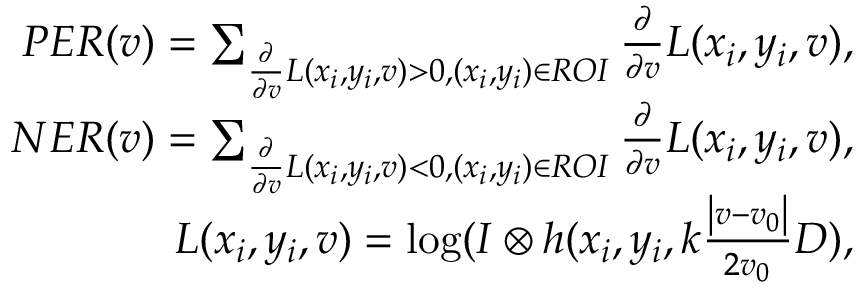
\begin{array} { r } { P E R ( v ) = \sum _ { \frac { \partial } { \partial v } L ( x _ { i } , y _ { i } , v ) > 0 , ( x _ { i } , y _ { i } ) \in R O I } \frac { \partial } { \partial v } L ( x _ { i } , y _ { i } , v ) , } \\ { N E R ( v ) = \sum _ { \frac { \partial } { \partial v } L ( x _ { i } , y _ { i } , v ) < 0 , ( x _ { i } , y _ { i } ) \in R O I } \frac { \partial } { \partial v } L ( x _ { i } , y _ { i } , v ) , } \\ { L ( x _ { i } , y _ { i } , v ) = \log ( I \otimes h ( x _ { i } , y _ { i } , k \frac { \left| v - v _ { 0 } \right| } { 2 v _ { 0 } } D ) , } \end{array}